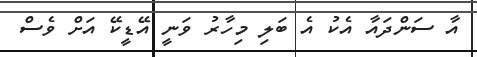
އާ ސަންދައާ އެކު އެ ބަލި މިހާރު ވަނީ އޭޑީކޭ އަށް ވެސް